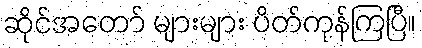
ဆိုင်အတော် များများ ပိတ်ကုန်ကြပြီ။